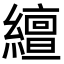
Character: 繵